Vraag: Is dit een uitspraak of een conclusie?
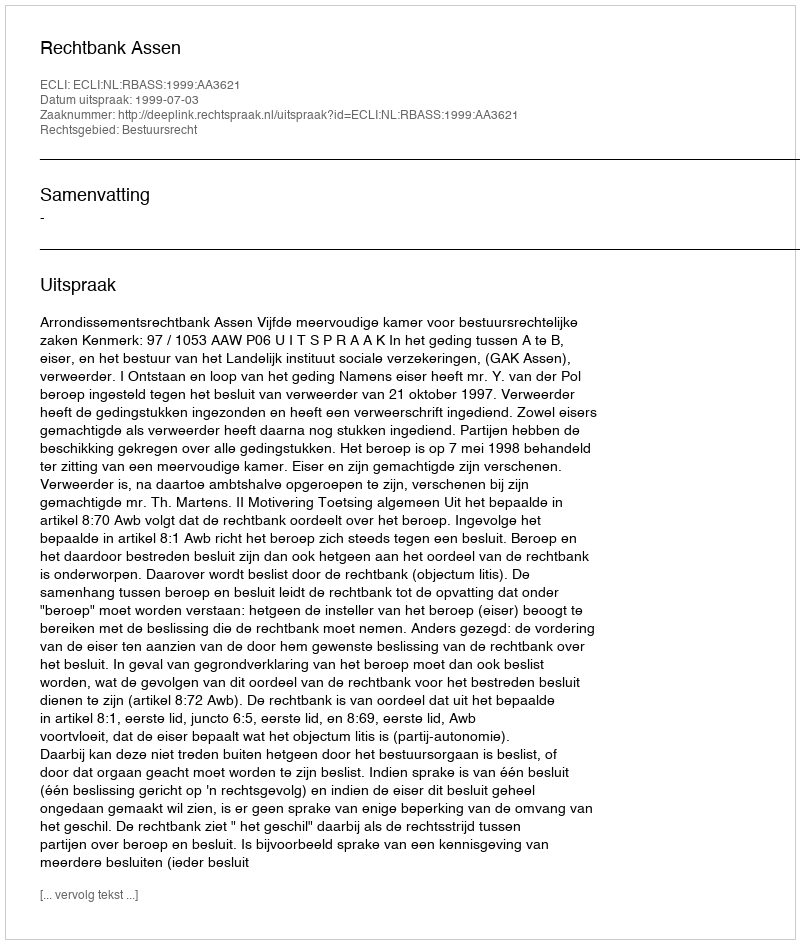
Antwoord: Uitspraak